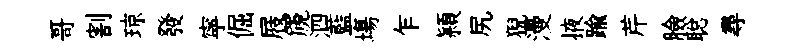
哥割琼發寜倔屐篪泗藍塲乍頴尻猊漫掖踰芹臉聪尋